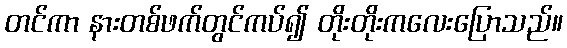
တင်ကာ နားတစ်ဖက်တွင်ကပ်၍ တိုးတိုးကလေးပြောသည်။